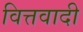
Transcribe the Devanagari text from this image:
वित्तवादी